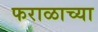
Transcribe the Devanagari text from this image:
फराळाच्या